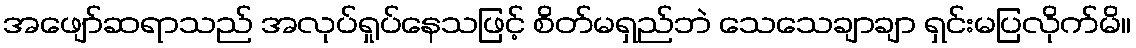
အဖျော်ဆရာသည် အလုပ်ရှုပ်နေသဖြင့် စိတ်မရှည်ဘဲ သေသေချာချာ ရှင်းမပြလိုက်မိ။